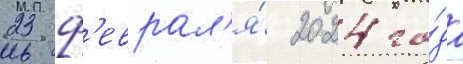
23 ф'еврал'я́ 2024 го́да